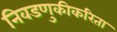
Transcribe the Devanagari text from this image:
निवडणुकीकरिता